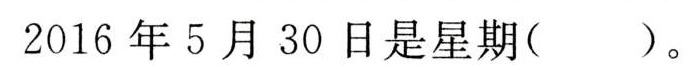
2016年5月30日是星期( )。